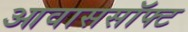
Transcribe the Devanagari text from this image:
आवाससॉफ्ट